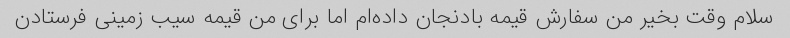
سلام وقت بخیر من سفارش قیمه بادنجان داده‌ام اما برای من قیمه سیب زمینی فرستادن